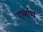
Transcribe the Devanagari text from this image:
एलांग